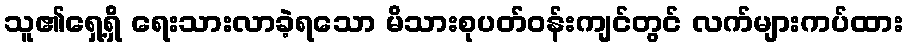
သူ၏ရှေ့ရှိ ရေးသားလာခဲ့ရသော မိသားစုပတ်ဝန်းကျင်တွင် လက်များကပ်ထား